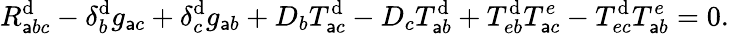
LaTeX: R_{\mathsf{a}bc}^{\mathrm{d}}-\delta_{b}^{\mathrm{d}}g_{\mathsf{a}c}+\delta_{c}^{\mathrm{d}}g_{\mathsf{a}b}+D_{b}T_{\mathsf{a}c}^{\mathrm{d}}-D_{c}T_{\mathsf{a}b}^{\mathrm{d}}+T_{eb}^{\mathrm{d}}T_{\mathsf{a}c}^{e}-T_{ec}^{\mathrm{d}}T_{\mathsf{a}b}^{e}=0.